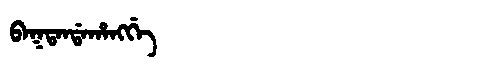
Manchu: ᠪᠠᡴᡨᠠᠨᡩᠠᡥᠠᠩᡤᡝ
Romanization: BAKTANDAHANGGE